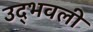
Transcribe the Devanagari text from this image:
उद्‍भवली